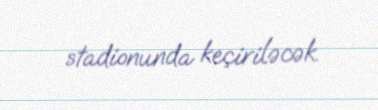
stadionunda keçiriləcək.